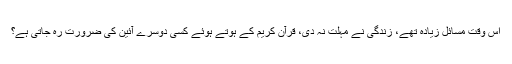
اُس وقت مسائل زیادہ تھے، زندگی نے مہلت نہ دی، قرآن کریم کے ہوتے ہوئے کسی دوسرے آئین کی ضرورت رہ جاتی ہے؟